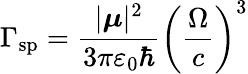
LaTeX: \Gamma_{\mathrm{sp}}=\frac{|\boldsymbol{\mu}|^{2}}{3\pi\varepsilon_{0}\hbar}\left(\frac{\Omega}{c}\right)^{3}